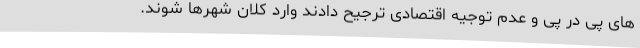
های پی در پی و عدم توجیه اقتصادی ترجیح دادند وارد کلان شهر‌ها شوند.